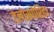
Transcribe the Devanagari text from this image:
टेलोस्पोरिडा